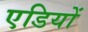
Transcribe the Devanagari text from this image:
एडियों